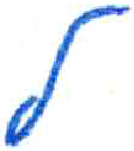
אות: ל